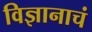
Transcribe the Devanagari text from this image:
विज्ञानाचं